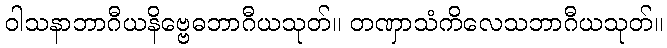
ဝါသနာဘာဂီယနိဗ္ဗေဓဘာဂီယသုတ်။ တဏှာသံကိလေသဘာဂီယသုတ်။